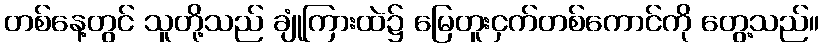
တစ်နေ့တွင် သူတို့သည် ချုံကြားထဲ၌ မြေတူးငှက်တစ်ကောင်ကို တွေ့သည်။